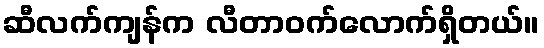
ဆီလက်ကျန်က လီတာဝက်လောက်ရှိတယ်။